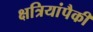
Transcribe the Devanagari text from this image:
क्षत्रियांपैकीं